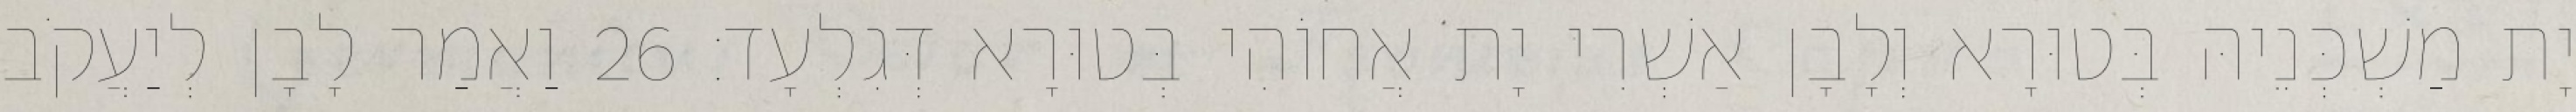
יָת מַשְׁכְּנֵיהּ בְּטוּרָא וְלָבָן אַשְׁרִי יָת אֲחוֹהִי בְּטוּרָא דְּגִלְעָד׃ 26 וַאֲמַר לָבָן לְיַעֲקֹב